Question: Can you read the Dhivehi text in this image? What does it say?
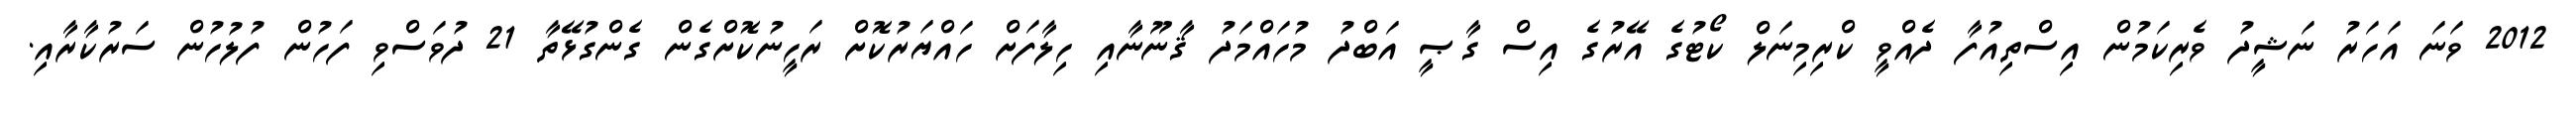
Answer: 2012 ވަނަ އަހަރު ނަޝީދު ވެރިކަމުން އިސްތިއުފާ ދެއްވީ ކްރިމިނަލް ކޯޓުގެ އޭރުގެ އިސް ގާޞީ އަބްދު މުހައްމަދު ޤާނޫނާއި ހިލާފަށް ހައްޔަރުކޮށް ރަހީނުކޮށްގެން ގެންގުޅޭތާ 21 ދުވަސްވި ފަހުން ފުލުހުން ސަރުކާރާއި.